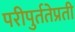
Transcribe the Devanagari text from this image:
परीपुर्ततेप्रती